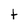
Character: t